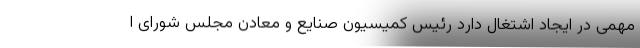
مهمی در ایجاد اشتغال دارد رئیس کمیسیون صنایع و معادن مجلس شورای ا